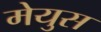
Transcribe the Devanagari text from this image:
मेयुस